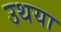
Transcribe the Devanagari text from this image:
उथया